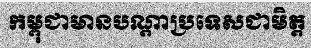
កម្ពុជាមានបណ្តាប្រទេសជាមិត្ត